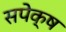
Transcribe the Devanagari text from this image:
सपेक्ष